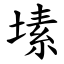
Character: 塐